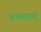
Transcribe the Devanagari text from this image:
अपनाकर।